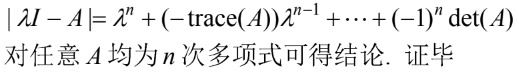
$|\lambda I - A| = \lambda^n + (-\text{trace}(A))\lambda^{n - 1} + \cdots + (-1)^n \det(A)$对任意$A$均为$n$次多项式可得结论. 证毕